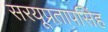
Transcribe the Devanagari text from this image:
सरयूप्रतापसिंह